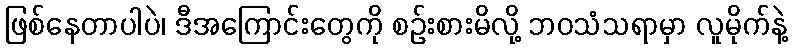
ဖြစ်နေတာပါပဲ၊ ဒီအကြောင်းတွေကို စဉ်းစားမိလို့ ဘဝသံသရာမှာ လူမိုက်နဲ့